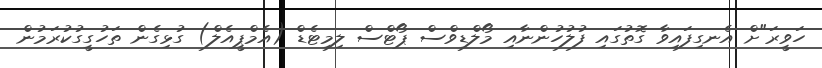
ހަވީރަ"ށް އެނގިފައިވާ ގޮތުގައި ފުލުހުންނާއި މޯލްޑިވްސް ޕޯޓްސް ލިމިޓެޑް (އެމްޕީއެލް) ގުޅިގެން ތަހުގީގުކުރަމުން